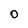
Character: o